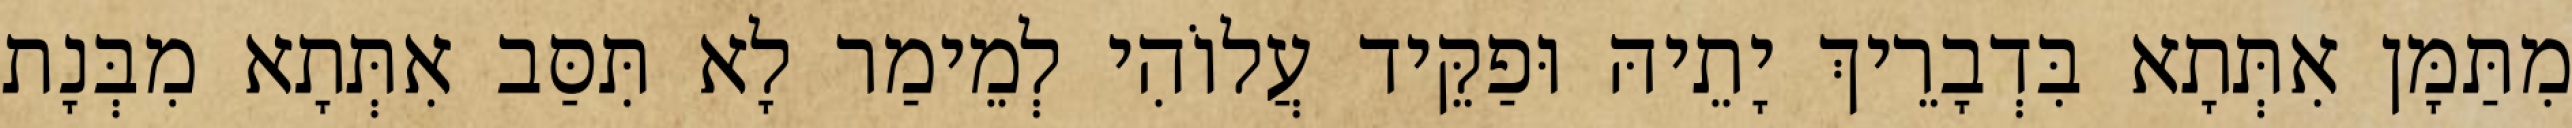
מִתַּמָּן אִתְּתָא בִּדְבָרֵיךְ יָתֵיהּ וּפַקֵּיד עֲלוֹהִי לְמֵימַר לָא תִּסַּב אִתְּתָא מִבְּנָת